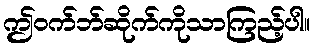
ဤဝက်ဘ်ဆိုက်ကိုသာကြည့်ပါ။